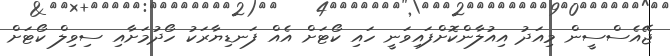
ޖޭއެސްސީން މިއަދު އިއުލާންކޮށްފައިވަނީ ހައި ކޯޓަށް އެއް ފަނޑިޔާރަކު ހޯދުމަށާއި ސިވިލް ކޯޓަށް